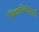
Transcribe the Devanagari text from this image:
पिकनिकसाठी